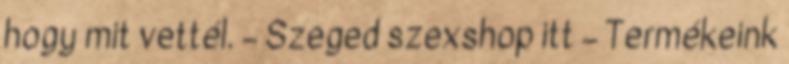
hogy mit vettél. – Szeged szexshop itt – Termékeink